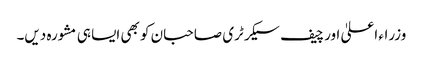
وزراء اعلیٰ اور چیف سیکرٹری صاحبان کو بھی ایسا ہی مشورہ دیں۔